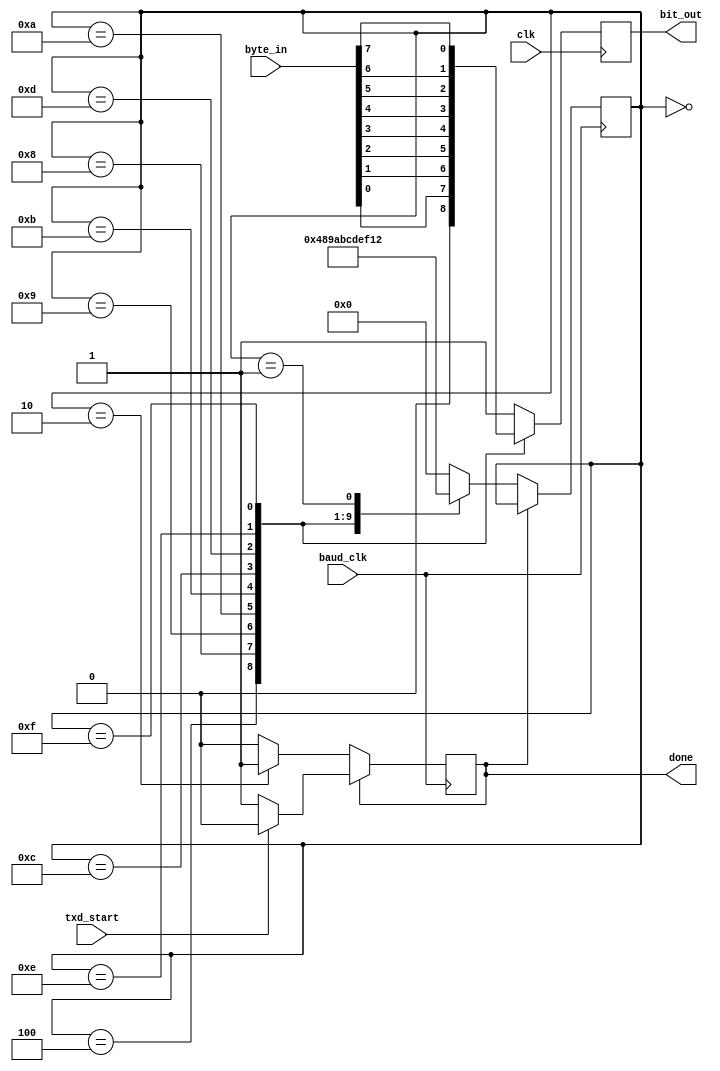
/*
Copyright 2021 Bharat

Licensed under the Apache License, Version 2.0 (the "License");
you may not use this file except in compliance with the License.
You may obtain a copy of the License at

    http://www.apache.org/licenses/LICENSE-2.0

Unless required by applicable law or agreed to in writing, software
distributed under the License is distributed on an "AS IS" BASIS,
WITHOUT WARRANTIES OR CONDITIONS OF ANY KIND, either express or implied.
See the License for the specific language governing permissions and
limitations under the License.


*/


module uart_tx(
input clk,            // System Clock 
input  baud_clk,      // Baud Clock   
input  txd_start,     // Set bit to start 
input [7:0] byte_in,  // Byte to transmit
output bit_out,       // UART TX-bit 
output reg done =1'b1 // UART transmission status   1--- done ; 0 -- Busy 
);


reg [3:0] state; // state variable
reg tx_bit;



always @(posedge baud_clk)
begin
if(~done) begin   
            case (state)
                4'b0000: state <=4'b0100;
                4'b0100:state <=4'b1000; // start bit
                4'b1000:state <=4'b1001; // bit 0
                4'b1001:state <=4'b1010; // bit 1
                4'b1010:state <=4'b1011; // bit 2
                4'b1011:state <=4'b1100; // bit 3
                4'b1100:state <=4'b1101; // bit 4
                4'b1101:state <=4'b1110; // bit 5
                4'b1110:state <=4'b1111; // bit 6
                4'b1111:state <=4'b0001; // bit 7
                4'b0001:state <=4'b0010; // 1 stop bit  
                4'b0010:begin  state <=4'b0000;
                    done <=1;
                end //  stop bit 2
                default:state <=4'b0000;
            endcase
end  
else if(txd_start) begin
    done <=1'b0;
end
  


end


always @(posedge clk)
begin
case (state)
    4'b0000: tx_bit <=1;
    4'b0100: tx_bit <=0;          // start bit
    4'b1000: tx_bit <=byte_in[0]; // bit 0
    4'b1001: tx_bit <=byte_in[1]; // bit 1
    4'b1010: tx_bit <=byte_in[2]; // bit 2
    4'b1011: tx_bit <=byte_in[3]; // bit 3
    4'b1100: tx_bit <=byte_in[4]; // bit 4
    4'b1101: tx_bit <=byte_in[5]; // bit 5
    4'b1110: tx_bit <=byte_in[6]; // bit 6
    4'b1111: tx_bit <=byte_in[7]; // bit 7
    4'b0001: tx_bit <=1;          // 1 stop bit  
    4'b0010: tx_bit <=1;
    default: tx_bit <=1;
endcase
end


assign bit_out =  tx_bit  ;  
endmodule